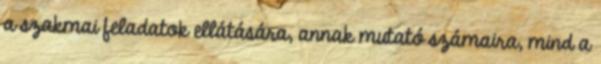
a szakmai feladatok ellátására, annak mutató számaira, mind a